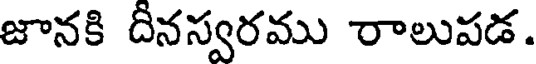
జానకి దీనస్వరము రాలుపడ.